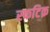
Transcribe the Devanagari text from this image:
स्फटिक़